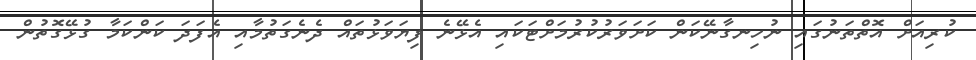
ކުރިއަށް އޮތްތަނުގައި ނުހިނގާނޭކަން ކަށަވަރުކުރުމަށްޓަކައި އެޅޭނެ ފިޔަވަޅުތައް ދެނެގަތުމާއި އެފަދަ ކަންކަމާ ގުޅޭގޮތުން